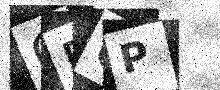
Text: QFUP